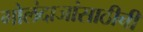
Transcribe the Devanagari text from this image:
गोलंदाजांसाठीची